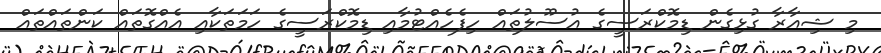
މި ޝިއާރާ ގުޅިގެން ޑިމޮކްރަސީގެ އުސޫލުތައް ހިފެހެއްޓުމާއި ޑިމޮކްރަސީގެ ހަމަތަކާއި އެއްގޮތައް ކަންތައްތައް